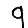
Digit: 9